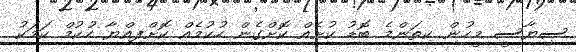
ސިޔާސީ މީހުން ކިތަންމެ ބޮޑު ކުށެއް ކޮށްގެން ހުކުމެއް ކޮށްފިއްޔާ ހުކުމް ކަމަކު